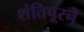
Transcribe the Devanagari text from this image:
शंतिपूरने